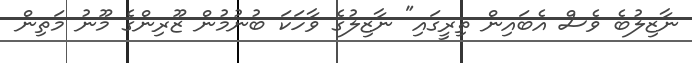
ނާޒިލުބެ ވެސް އެބައިން ތިރީގައި" ނާޒިލުގެ ވާހަކަ ބުނުމުން ޒޫރިންގެ މޫނު މަތިން